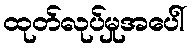
ထုတ်လုပ်မှုအပေါ်